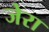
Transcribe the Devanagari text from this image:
जेरा